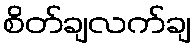
စိတ်ချလက်ချ